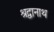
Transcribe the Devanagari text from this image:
श्रद्वानाथ